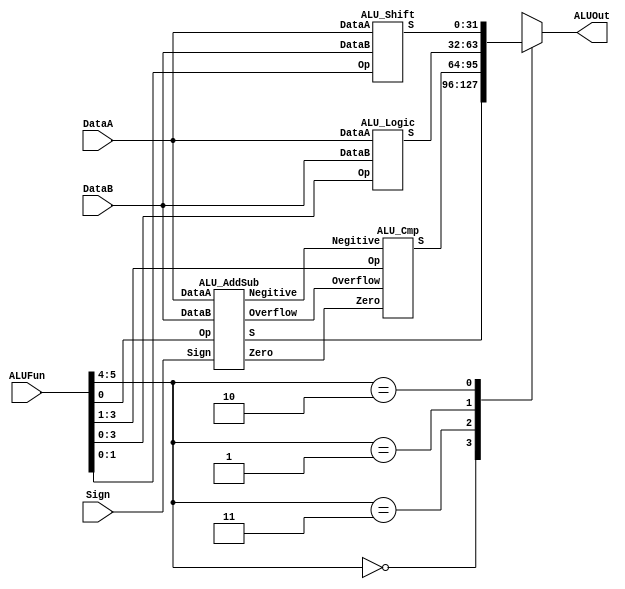
module ALU(DataA,DataB,ALUFun,Sign,ALUOut);
input [31:0] DataA, DataB;
input [5:0] ALUFun;
input Sign;
output reg [31:0]ALUOut;
wire  [31:0] S1,S2,S3,S4;
wire  Zero,Overflow,Negitive;

ALU_AddSub ALU1(DataA,DataB,ALUFun[0],Sign,S1,Zero,Overflow,Negitive);
ALU_Cmp ALU2(Zero,Overflow,Negitive,ALUFun[3:1],S2);
ALU_Logic ALU3(DataA, DataB, ALUFun[3:0],S3);
ALU_Shift ALU4(DataA,DataB,ALUFun[1:0],S4);

always @(*)
begin
   case(ALUFun[5:4])
    2'b00 : ALUOut = S1;
    2'b11 : ALUOut = S2;
    2'b01 : ALUOut = S3;
    2'b10 : ALUOut = S4;
    endcase
end
endmodule


module ALU_AddSub(DataA,DataB,Op,Sign,S,Zero,Overflow,Negitive);
input [31:0]DataA,DataB;
reg[31:0]Temp_B;
input Op,Sign;              //sign = 1 stands for MSB
output Zero,Negitive,Overflow;
output [31:0]S;
reg [32:0]Sum;
wire Overflow;            //Data is saved as the Bu Ma
assign ss = {DataA[31],DataB[31]};  //sign of two
always @(*) begin
   Temp_B = DataB;           //self
   if(Op == 0)begin            // Op = 0  for Add
      Sum = DataA + DataB;
   end
   if(Op == 1)begin           //Op = 1 for Sub
      Temp_B = ~DataB + 1;
      Sum = DataA + Temp_B;
   end
end
assign Overflow = ~Sign ? Sum[32] :
(DataA[31]==Temp_B[31]) ? Sum[32]^ Sum[31] : 0;
assign S = Sum[31:0];
assign Zero = ~(|S);
assign Negitive = ~Sign ?  0 :
                  ((ss == 2'b11 && Op == 0)||(ss == 2'b10 && Op == 1))? 1 :
                  ((ss == 2'b00 && Op == 0)||(ss == 2'b01 && Op == 1))? 0 :
                  S[31];
endmodule

module ALU_Cmp(Zero,Overflow,Negitive,Op,S);
input Zero,Overflow,Negitive;
input [2:0]Op;
output reg [31:0] S;

always@(Zero or Overflow or Negitive or Op)
//??? if Overflow  what should we do?
// I Try to make the Negitive assign more complex
begin
 //if(Overflow) N = ~N;   // is it right??  //Nope
 case(Op)
   3'b001 : S <= {31'b0,Zero}; //Beq
   3'b000 : S <= {31'b0,~Zero}; // Bne
   3'b010 : S <= {31'b0,Negitive};  //slt..
   3'b110 : S <= {31'b0,Negitive|Zero}; //Blez
   3'b101 : S <= {31'b0, Negitive}; //Bltz
   3'b111 : S <= {31'b0,(~Negitive)&(~Zero)};//Bgtz
   default : S <= 0;
 endcase
end
endmodule

module ALU_Logic(DataA, DataB, Op ,S);

input [31:0] DataA, DataB;
input [3:0]Op;  // Funct[3:0]
output reg [31:0]S;

always@(DataA or DataB or Op)
begin
     case(Op)
       4'b1000 : S = DataA&DataB;
       4'b1110 : S = DataA|DataB;
       4'b0110 : S = DataA^DataB;
       4'b0001 : S = ~(DataA|DataB);
       4'b1010 : S = DataA;  //"A"
       default : S = 0;
     endcase
end
endmodule

module ALU_Shift(DataA,DataB,Op,S);

input [31:0]DataA, DataB;
input [1:0]Op;  //Fun[1:0]
output reg  [31:0]S;

always @(*)
begin
   case(Op)
     2'b00 : S = (DataB << DataA[4:0]);  //sll
     2'b01 : S = (DataB >> DataA[4:0]);  //srl
     2'b11 : S = ({{32{DataB[31]}}, DataB} >> DataA[4:0]);
     default : S = 0;
     endcase
end
endmodule